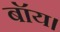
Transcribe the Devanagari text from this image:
बॉय।